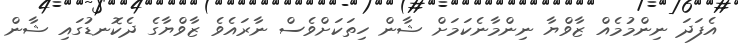
އެފަދަ ނިންމުމެއް ޒާވްޔާ ނިންމާނެކަމަށް ޝާން ހިތަކަށްވެސް ނާރައެވެ ޒާވްޔާގެ ދެކޮނޑުގައި ޝާން